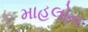
માહલોન